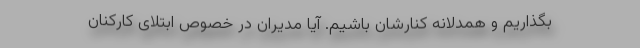
بگذاریم و همدلانه کنارشان باشیم‌. آیا مدیران در خصوص ابتلای کارکنان